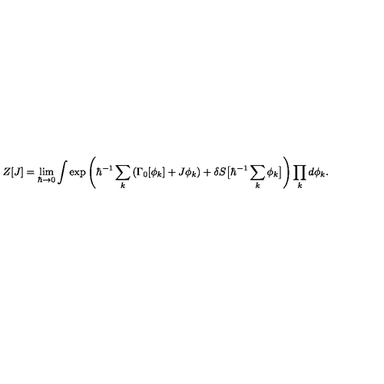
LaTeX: Z [ J ] = \lim _ { \hbar \to 0 } \int \exp \left( \hbar ^ { - 1 } \sum _ { k } \left( \Gamma _ { 0 } [ \phi _ { k } ] + J \phi _ { k } \right) + \delta S \big [ \hbar ^ { - 1 } \sum _ { k } \phi _ { k } \big ] \right) \prod _ { k } d \phi _ { k } .